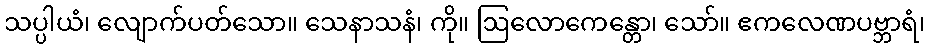
သပ္ပါယံ၊ လျောက်ပတ်သော။ သေနာသနံ၊ ကို။ ဩလောကေန္တော၊ သော်။ ဧကလေဏပဗ္ဘာရံ၊